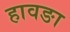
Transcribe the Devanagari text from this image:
हावङा